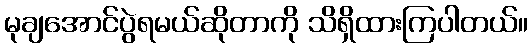
မုချအောင်ပွဲရမယ်ဆိုတာကို သိရှိထားကြပါတယ်။